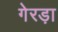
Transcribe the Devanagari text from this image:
गेरड़ा